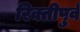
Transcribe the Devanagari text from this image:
रिक्तीपुर्व